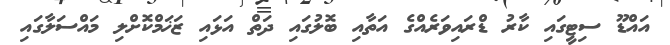
އައްޑޫ ސިޓީގައި ކާރު ޑްރައިވަރެއްގެ އަތާއި ބޮލުގައި ދަތް އަޅައި ޒަޚަމްކޮށްލި މައްސަލާގައި